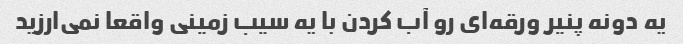
یه دونه پنیر ورقه‌ای رو آب کردن با یه سیب زمینی واقعا نمی‌ارزید